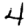
Digit: 4